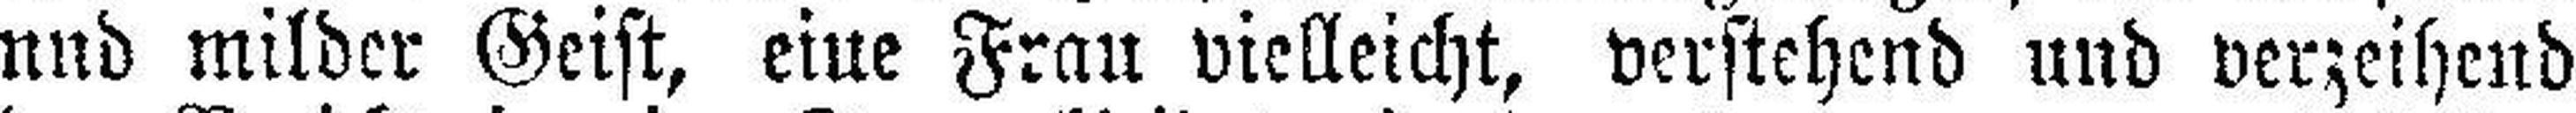
und milder Geist, eine Frau vielleicht, verstehend und verzeihend